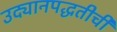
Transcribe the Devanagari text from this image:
उद्यानपद्धतीची